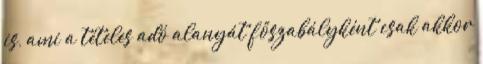
is, ami a tételes adó alanyát főszabályként csak akkor